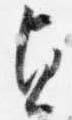
貞